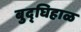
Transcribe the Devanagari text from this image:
बुद्घिहाळ